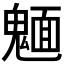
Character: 𩳾